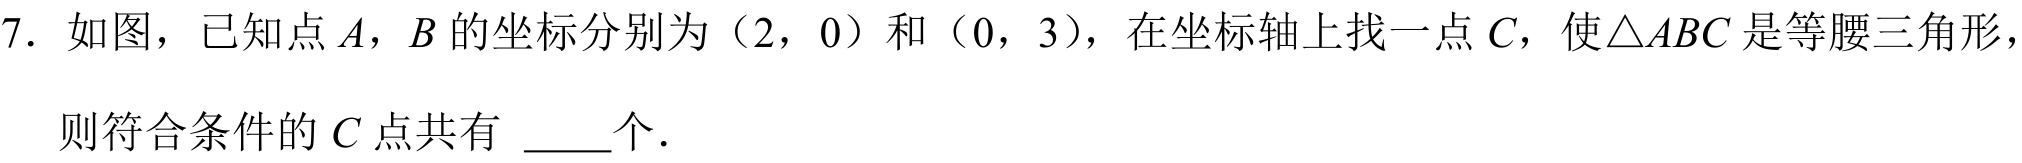
7. 如图，已知点\(A\)，\(B\)的坐标分别为（2，0）和（0，3），在坐标轴上找一点\(C\)，使\(\triangle ABC\)是等腰三角形，则符合条件的\(C\)点共有 \_\_\_个．